Scottish Leaving Certificate Examination, 1961
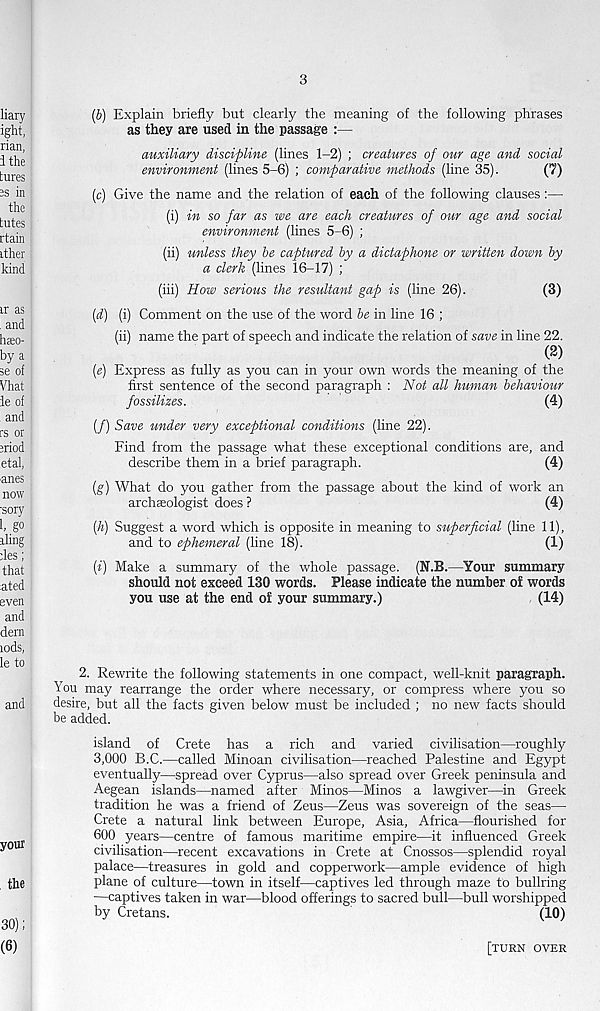
3
(6) Explain briefly but clearly the meaning of the following phrases
as they are used in the passage :—
auxiliary discipline (lines 1-2) ; creatures of our age and social
environment (lines 5-6) ; comparative methods (line 35).
(7)
(c) Give the name and the relation of each of the following clauses:—
(i) in so far as we are each creatures of our age and social
environment (lines 5-6) ;
(ii) unless they he captured hy a dictaphone or written down by
a clerk (lines 16-17) ;
(hi) How serious the resultant gap is (line 26).
(3)
(d) (i) Comment on the use of the word he in line 16 ;
(ii) name the part of speech and indicate the relation of save in line 22.
(2)
(e) Express as fully as you can in your own words the meaning of the
first sentence of the second paragraph : Not all human behaviour
fossilizes.
(4)
(/) Save under very exceptional conditions (line 22).
Find from the passage what these exceptional conditions are, and
describe them in a brief paragraph.
(4)
[g) What do you gather from the passage about the kind of work an
archseologist does ?
(4)
[h) Suggest a word which is opposite in meaning to superficial (line 11),
and to ephemeral (line 18).
(1)
[i) Make a summary of the whole passage. (N.B.—Your summary
should uot exceed 130 words. Please indicate the number of words
you use at the end of your summary.)
(14)
2. Rewrite the following statements in one compact, well-knit paragraph.
You may rearrange the order where necessary, or compress where you so
desire, but all the facts given below must be included ; no new facts should
be added.
island of Crete has a rich and varied civilisation—roughly
3,000 B.C.—called Minoan civilisation—reached Palestine and Egypt
eventually—spread over Cyprus—also spread over Greek peninsula and
Aegean islands—named after Minos—Minos a lawgiver—in Greek
tradition he was a friend of Zeus—Zeus was sovereign of the seas—
Crete a natural link between Europe, Asia, Africa—flourished for
600 years—centre of famous maritime empire—it influenced Greek
civilisation—recent excavations in Crete at Cnossos—splendid royal
palace—treasures in gold and copperwork—ample evidence of high
plane of culture—town in itself—captives led through maze to bullring
—captives taken in war—blood offerings to sacred bull—bull worshipped
by Cretans.
(10)
[TURN OVER